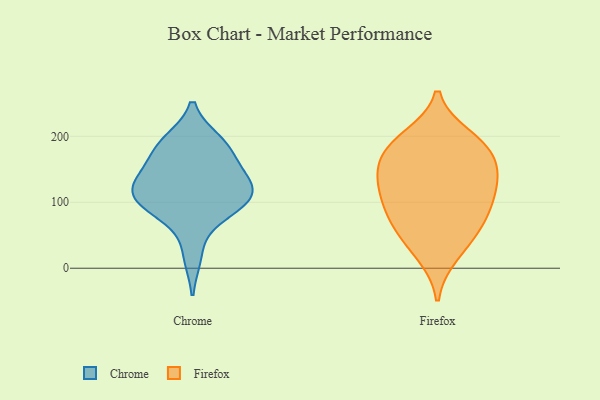
{"axis": {"x": "Active Users", "y": "Value"}, "legend": ["Chrome", "Firefox"], "data": [{"x": "", "y": 130, "type": "Chrome"}, {"x": "", "y": 103, "type": "Chrome"}, {"x": "", "y": 134, "type": "Chrome"}, {"x": "", "y": 173, "type": "Chrome"}, {"x": "", "y": 177, "type": "Chrome"}, {"x": "", "y": 104, "type": "Chrome"}, {"x": "", "y": 136, "type": "Chrome"}, {"x": "", "y": 191, "type": "Chrome"}, {"x": "", "y": 125, "type": "Chrome"}, {"x": "", "y": 192, "type": "Chrome"}, {"x": "", "y": 19, "type": "Chrome"}, {"x": "", "y": 109, "type": "Chrome"}, {"x": "", "y": 84, "type": "Chrome"}, {"x": "", "y": 87, "type": "Chrome"}, {"x": "", "y": 82, "type": "Firefox"}, {"x": "", "y": 64, "type": "Firefox"}, {"x": "", "y": 198, "type": "Firefox"}, {"x": "", "y": 181, "type": "Firefox"}, {"x": "", "y": 103, "type": "Firefox"}, {"x": "", "y": 132, "type": "Firefox"}, {"x": "", "y": 21, "type": "Firefox"}, {"x": "", "y": 127, "type": "Firefox"}, {"x": "", "y": 85, "type": "Firefox"}, {"x": "", "y": 183, "type": "Firefox"}, {"x": "", "y": 44, "type": "Firefox"}, {"x": "", "y": 139, "type": "Firefox"}, {"x": "", "y": 182, "type": "Firefox"}, {"x": "", "y": 147, "type": "Firefox"}]}